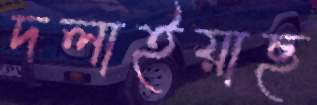
দলাইয়াছ